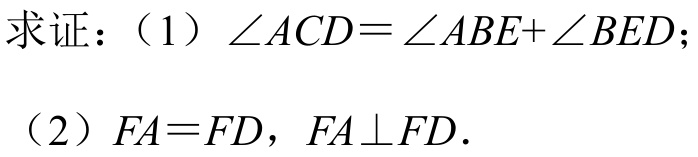
求证：（1）\(\angle ACD = \angle ABE+\angle BED\)；
（2）\(FA = FD\)，\(FA\perp FD\).